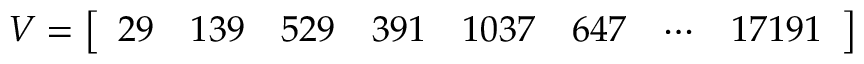
V = { \left[ \begin{array} { l l l l l l l l } { 2 9 } & { 1 3 9 } & { 5 2 9 } & { 3 9 1 } & { 1 0 3 7 } & { 6 4 7 } & { \cdots } & { 1 7 1 9 1 } \end{array} \right] }